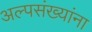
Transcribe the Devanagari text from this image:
अल्पसंख्यांना